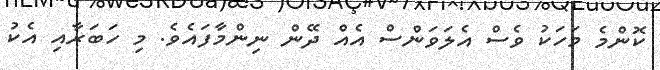
ކޮންމެ މަހަކު ވެސް އެލަވަންސް އެއް ދޭން ނިންމާފައެވެ. މި ހަބަރާއި އެކު